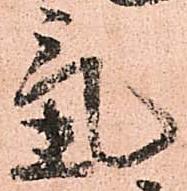
氣